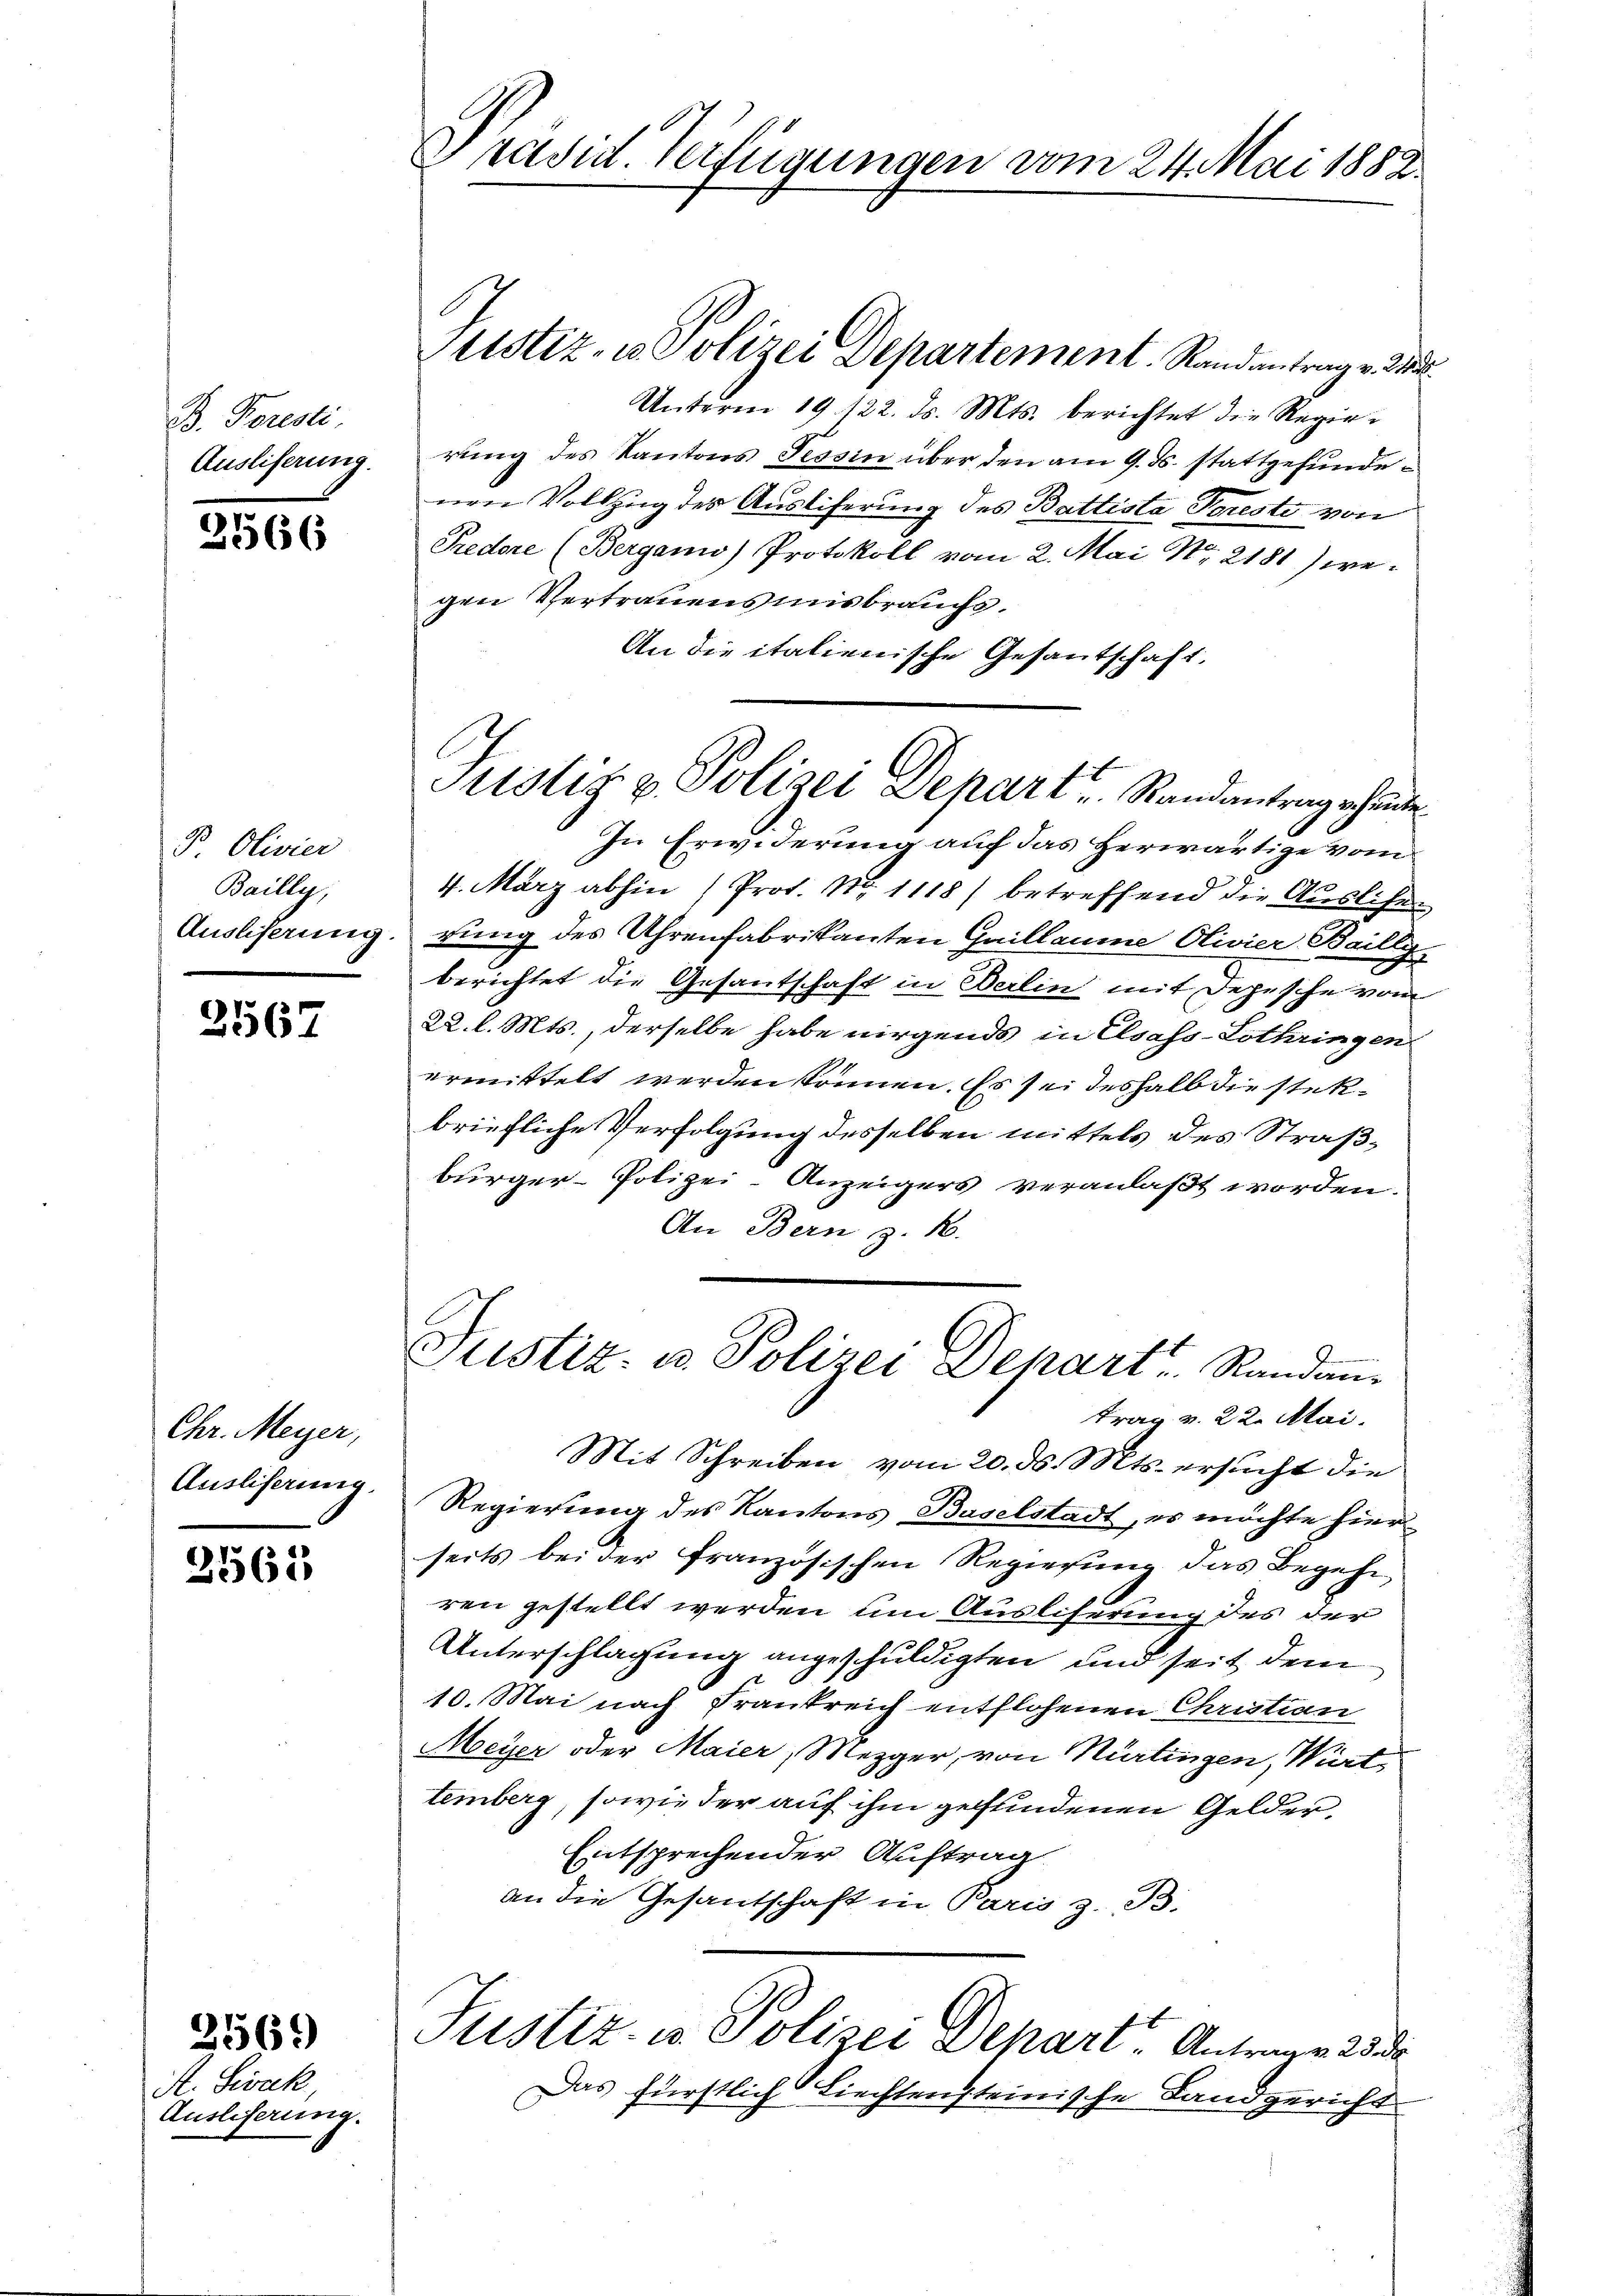
B. Foresti
Ausliferung.

2566

B. Olivier
Bailly,
Ausliserung.

2567

Chr. Meyer,
Ausliferung.

2565

A. Siwak,
Auslieferung.

2569

Brasid. Verfügungen vom 24. Mai 1882.

Unterm 19. 122. ds. Mts. berichtet die Regierung des Kantons Tessin über den am 9. ds. stattgefundenen Vollzug des Ausliferung des Battista Poresto von
Predore (Berganis) Protokoll vom 2. Mai Nr. 2181) wegen Vertrauens uns brauchs.
An die italienische Gesantschaft.
In Erwiderung auf das herwärtige vom
4. März abhin (Prot. Nr. 1118) betreffend die Auslichen
rung des Uhrenfabrikanten Gaillaume Olivier Bailly
berichtet die Gesantschaft in Berlin mit Depesche vom
22. l. Mts., derselbe habe nirgends in Elsass-Lothringen
ermittelt werden können. Es sei deshalb die stekbriefliche Verfolgung desselben mittels des Straßbürger-Polizei- Anzeigers veranlaßt worden.
An Bern z. B.
Justiz- u. Polizei Depart Randan
trag v. 22. Mai.
Mit Schreiben vom 20. ds. Mts. ersucht die
Regierung des Kantons Baselstadt, es möchte hier
seits bei der französischen Regierung das Begehe,
ren gestellt werden, um Ausliserung des der
Unterschlagung angeschuldigten und seit dem
10. Mai nach Frankreich entflohenen Christian
Meyer oder Maier, Mezger, von Nürtingen, Würt
temberg, sowie der auf ihm gefundenen Gelder,
Entsprechender Auftrag
an die Gesandschaft in Paris z. B.
Justiz- u. Polizei Depart. Antrage 23 de
Das fürstlich Liechtensteinische Landgericht

Ctistiz- u. Polizei Departement. Randantrag v. Wa

Justiz & Polizei Departe Randantrag erhinde